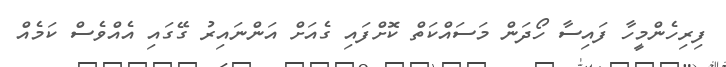
ފިރިހެންމީހާ ފައިސާ ހޯދަން މަސައްކަތް ކޮށްފައި ގެއަށް އަންނައިރު ގޭގައި އެއްވެސް ކަމެއް